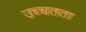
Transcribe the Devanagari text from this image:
उच्चतता